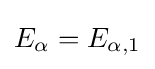
E_{\alpha }=E_{\alpha ,1}